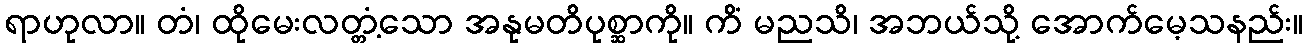
ရာဟုလာ။ တံ၊ ထိုမေးလတ္တံ့သော အနုမတိပုစ္ဆာကို။ ကိံ မညသိ၊ အဘယ်သို့ အောက်မေ့သနည်း။